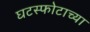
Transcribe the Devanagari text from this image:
घटस्फोटाच्या